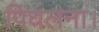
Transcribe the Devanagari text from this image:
पिघलना।